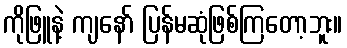
ကိုဖြူနဲ့ ကျနော် ပြန်မဆုံဖြစ်ကြတော့ဘူး။